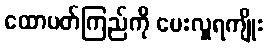
ထောပတ်ကြည်ကို ပေးလှူရကျိုး